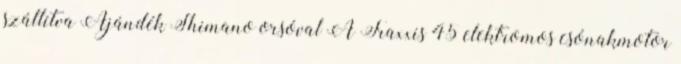
szállítva Ajándék Shimano orsóval A Traxxis 45 elektromos csónakmotor